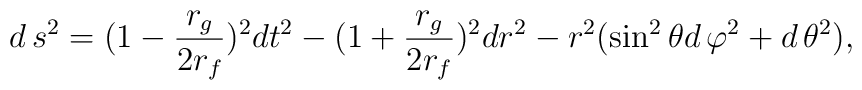
d\,s^{2}=(1-\frac{r_{g}}{2r_{f}})^{2}dt^{2}-(1+\frac{r_{g}}{2r_{f}})^{2}dr^{2}-r^{2}(\sin^{2}\theta d\,\varphi^{2}+d\,\theta^{2}),